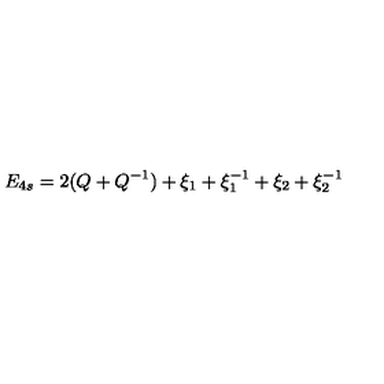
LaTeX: E _ { 4 s } = 2 ( Q + Q ^ { - 1 } ) + \xi _ { 1 } + \xi _ { 1 } ^ { - 1 } + \xi _ { 2 } + \xi _ { 2 } ^ { - 1 }